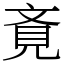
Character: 斍